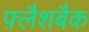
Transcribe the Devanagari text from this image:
फ़्लैशबैक